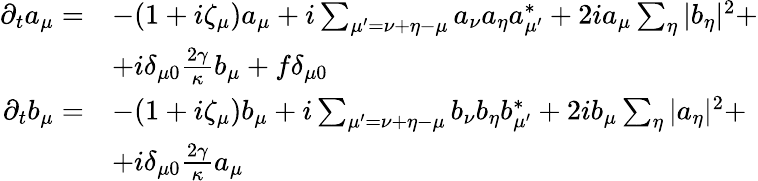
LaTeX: \begin{array}{rl}{\partial_{t}a_{\mu}=}&{-(1+i\zeta_{\mu})a_{\mu}+i\sum_{\mu^{\prime}=\nu+\eta-\mu}a_{\nu}a_{\eta}a_{\mu^{\prime}}^{*}+2ia_{\mu}\sum_{\eta}|b_{\eta}|^{2}+}\\ &{+i\delta_{\mu 0}\frac{2\gamma}{\kappa}b_{\mu}+f\delta_{\mu 0}}\\ {\partial_{t}b_{\mu}=}&{-(1+i\zeta_{\mu})b_{\mu}+i\sum_{\mu^{\prime}=\nu+\eta-\mu}b_{\nu}b_{\eta}b_{\mu^{\prime}}^{*}+2ib_{\mu}\sum_{\eta}|a_{\eta}|^{2}+}\\ &{+i\delta_{\mu 0}\frac{2\gamma}{\kappa}a_{\mu}}\end{array}